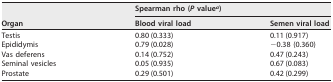
| <ROWSPAN=2> Organ | <COLSPAN=2> Spearman rho (P valuea) |
 | Blood viral load | Semen viral load |
 | --- | --- | --- |
 | Testis | 0.80 (0.333) | 0.11 (0.917) |
 | Epididymis | 0.79 (0.028) | −0.38 (0.360) |
 | Vas deferens | 0.14 (0.752) | 0.47 (0.243) |
 | Seminal vesicles | 0.05 (0.935) | 0.67 (0.083) |
 | Prostate | 0.29 (0.501) | 0.42 (0.299) |